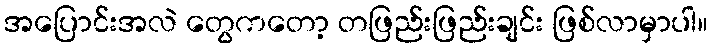
အပြောင်းအလဲ တွေကတော့ တဖြည်းဖြည်းချင်း ဖြစ်လာမှာပါ။